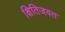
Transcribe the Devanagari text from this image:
क्षितिजवत